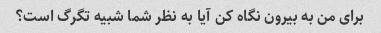
برای من به بیرون نگاه کن آیا به نظر شما شبیه تگرگ است؟